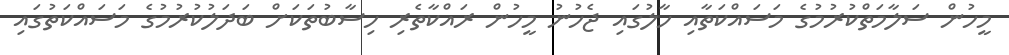
މީހުން ސަލާމަތްކުރުމުގެ މަސައްކަތާއި ހާލުގައި ޖެހުނު މީހުން ރައްކާތެރި ހިސާބުތަކަށް ބަދަލުކުރުމުގެ މަސައްކަތުގައި